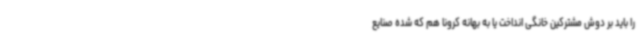
را باید بر دوش مشترکین خانگی انداخت یا به بهانه کرونا هم که شده صنایع